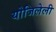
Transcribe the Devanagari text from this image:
योजिलेली